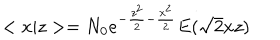
LaTeX: < x | z > = N _ { 0 } e ^ { - \frac { z ^ { 2 } } 2 - \frac { x ^ { 2 } } 2 } E ( \sqrt { 2 } x z )